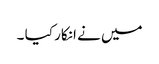
میں نے انکار کیا ۔